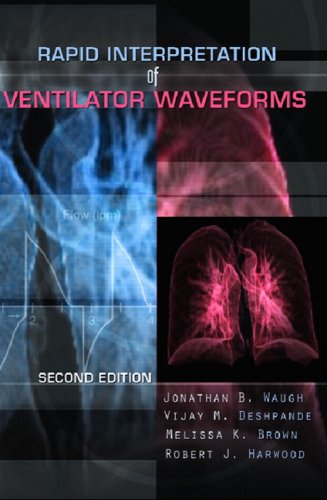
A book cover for Rapid Interpretation of Ventilator Waveforms (2nd Edition); Jonathan B. Waugh; Medical Books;